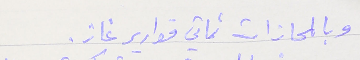
وبالمحازات ثماني قوارير غاز.